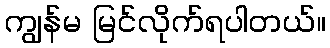
ကျွန်မ မြင်လိုက်ရပါတယ်။